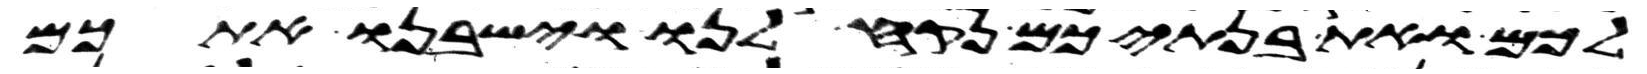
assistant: לכם ואת בנתיכם נקח לנו וישבנו אתכם